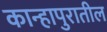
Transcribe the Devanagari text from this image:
कान्हापुरातील